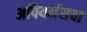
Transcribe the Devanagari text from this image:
अपियर्नसचा